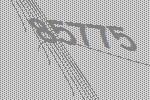
85775